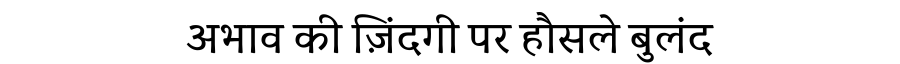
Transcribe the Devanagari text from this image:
अभाव की ज़िंदगी पर हौसले बुलंद